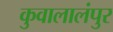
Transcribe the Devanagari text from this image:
कुवालालंपुर